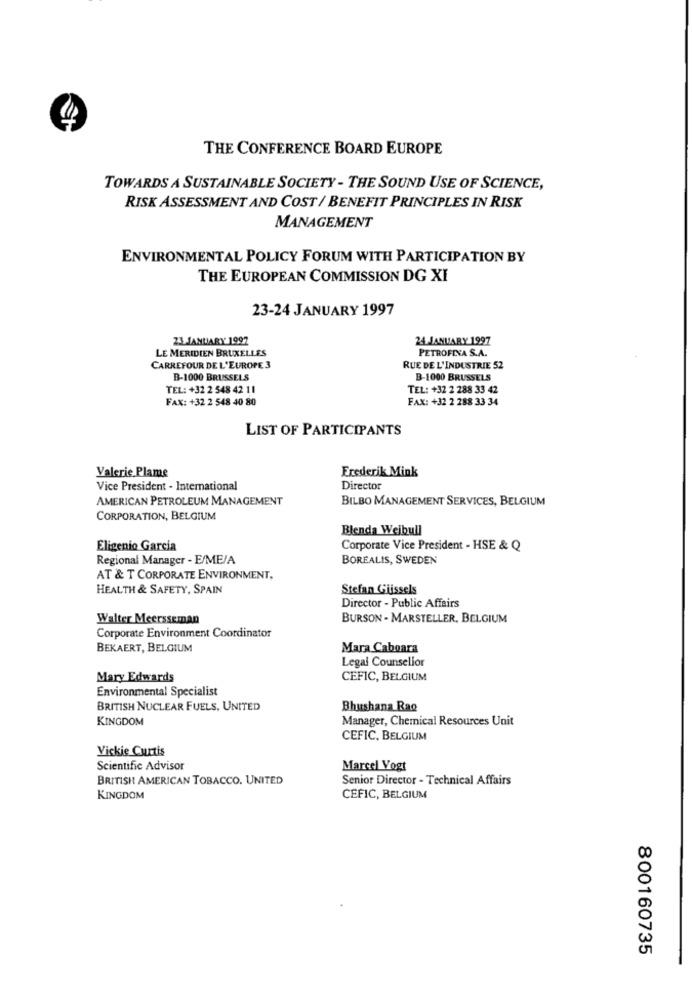
THE CONFERENCE BOARD EUROPE
TOWARDS A SUSTAINABLE SOCIETY - THE SOUND USE OF SCIENCE,
RISK ASSESSMENT AND COST / BENEFIT PRINCIPLES IN RISK
MANAGEMENT
ENVIRONMENTAL POLICY FORUM WITH PARTICIPATION BY
THE EUROPEAN COMMISSION DG XI
23-24 JANUARY 1997
23 JANUARY 1997
24 JANUARY 1997
LE MERIDIEN BRUXELLES
PETROFINA S.A.
CARREFOUR DE L'EUROPE 3
RUE DE L'INDUSTRIE 52
B-1000 BRUSSELS
B-1000 BRUSSELS
TEL: +32 2 548 42 11
TEL: +32 2 288 33 42
FAX: +32 2 548 40 80
FAX: +32 2 288 33 34
LIST OF PARTICIPANTS
Valerie Plame
Frederik Mink
Vice President - International
Director
AMERICAN PETROLEUM MANAGEMENT
BILBO MANAGEMENT SERVICES, BELGIUM
CORPORATION, BELGIUM
Blenda Wejbull
Eligenio Garcia
Corporate Vice President - HSE & Q
Regional Manager - E/ME/A
BOREALIS, SWEDEN
AT & T CORPORATE ENVIRONMENT,
HEALTH & SAFETY, SPAIN
Stefan Giissels
Director - Public Affairs
Walter Meersseman
BURSON -MARSTELLER, BELGIUM
Corporate Environment Coordinator
BEKAERT, BELGIUM
Mara Caboara
Legal Counsellor
Mary Edwards
CEFIC, BELGIUM
Environmental Specialist
BRITISH NUCLEAR FUELS, UNITED
Bhushana Rae
KINGDOM
Manager, Chemical Resources Unit
CEFIC, BELGIUM
Vickie Curtis
Scientific Advisor
Marcel Vogt
BRITISH AMERICAN TOBACCO. UNITED
Senior Director - Technical Affairs
KINGDOM
CEFIC, BELGIUM
800160735